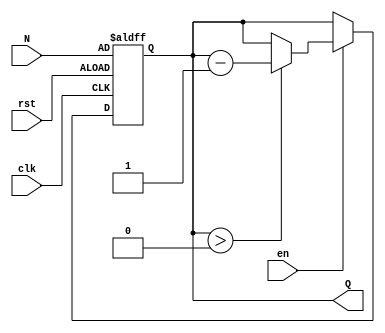
module down_counter (
    input wire clk,      // Clock signal
    input wire en,       // Enable signal
    input wire rst,      // Reset signal
    input wire [7:0] N,  // Initial count value (can be adjusted based on required bit-width)
    output reg [7:0] Q   // Current count value
);

    // Asynchronous reset and counting logic
    always @(posedge clk or posedge rst) begin
        if (rst) begin
            Q <= N;  // Reset the counter to the initial value N
        end else if (en) begin
            if (Q > 0) begin
                Q <= Q - 1;  // Decrement the counter if Q is greater than 0
            end
            // If Q is 0, it stays at 0
        end
    end

endmodule